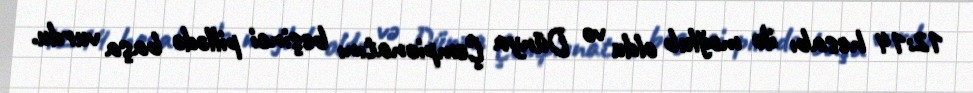
12:14 hesabı ilə məğlub oldu və Dünya Çempionatını beşinci pillədə başa vurdu.